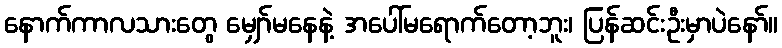
နောက်ကာလသားတွေ မျှော်မနေနဲ့ အပေါ်မရောက်တော့ဘူး၊ ပြန်ဆင်းဦးမှာပဲနော်။